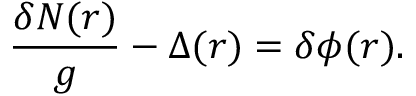
\frac { { \delta } { \cal { N } } ( r ) } { g } - { \Delta } ( r ) = { \delta } { \phi } ( r ) .